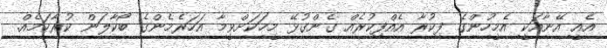
އެއީ އޭނާއަކީ އެމީހުންގެ ފިކުރާ އެއްފިކުރެއް ގެންގުޅޭ މީހަކަށްވީމާ އަހަރެމެންގެ ބޯކާލަން ކުރާކަމެއް.